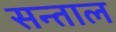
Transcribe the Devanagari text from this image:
सन्ताल